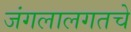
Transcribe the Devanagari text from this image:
जंगलालगतचे